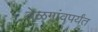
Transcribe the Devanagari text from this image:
बेळगांवपर्यंत